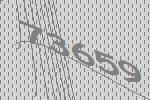
73659